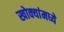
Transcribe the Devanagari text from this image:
खोक्यांमध्ये